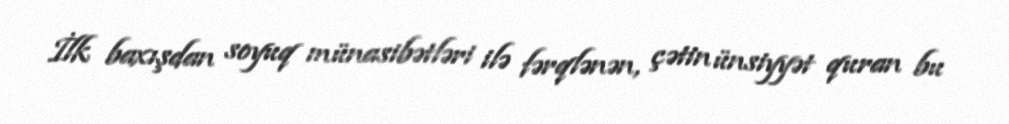
İlk baxışdan soyuq münasibətləri ilə fərqlənən, çətin ünsiyyət quran bu